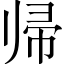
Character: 帰